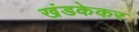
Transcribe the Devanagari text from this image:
खंडकेकर